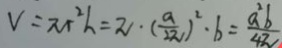
V = \pi r ^ { 2 } h = \pi \cdot ( \frac { a } { 2 \pi } ) ^ { 2 } \cdot b = \frac { a ^ { 2 } b } { 4 \pi }